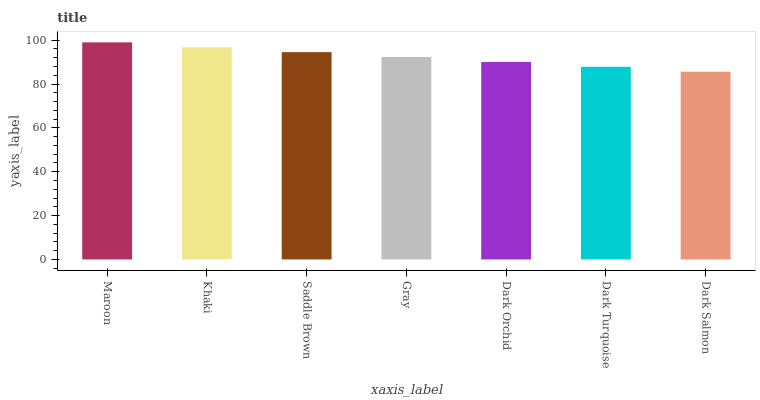
| xaxis_label | bars |
 | --- | --- |
 | Maroon | 99 |
 | Khaki | 96.8 |
 | Saddle Brown | 94.5 |
 | Gray | 92.3 |
 | Dark Orchid | 90.1 |
 | Dark Turquoise | 87.8 |
 | Dark Salmon | 85.6 |